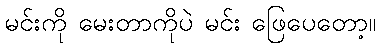
မင်းကို မေးတာကိုပဲ မင်း ဖြေပေတော့။